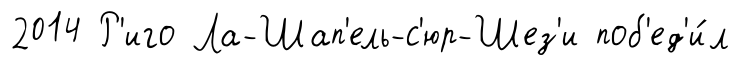
2014 Р'иго Ла-Шап'ель-с'юр-Шез'и поб'ед'и́л